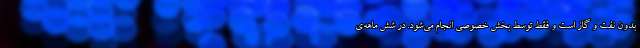
بدون نفت و گاز است و فقط توسط بخش خصوصی انجام می‌شود. در شش ماهه‌ی